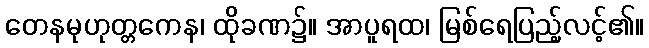
တေနမုဟုတ္တကေန၊ ထိုခဏ၌။ အာပူရထ၊ မြစ်ရေပြည့်လင့်၏။